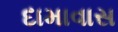
દામાવાસ